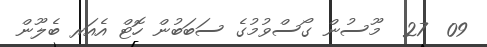
09  27  މޫސުން ގޯސްވުމުގެ ސަބަބުން ހޮޓް އެއަރ ބެލޫން